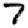
Digit: 7